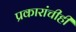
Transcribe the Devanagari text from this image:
प्रकारांचीही